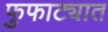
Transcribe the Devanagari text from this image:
फुफाट्यात